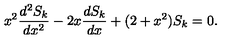
x ^ { 2 } \frac { d ^ { 2 } S _ { k } } { d x ^ { 2 } } - 2 x \frac { d S _ { k } } { d x } + ( 2 + x ^ { 2 } ) S _ { k } = 0 .